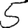
Digit: 5